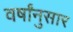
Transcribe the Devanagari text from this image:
वर्षांनुसार